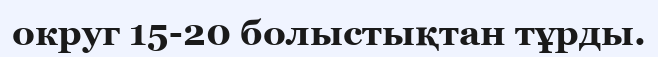
округ 15-20 болыстықтан тұрды.